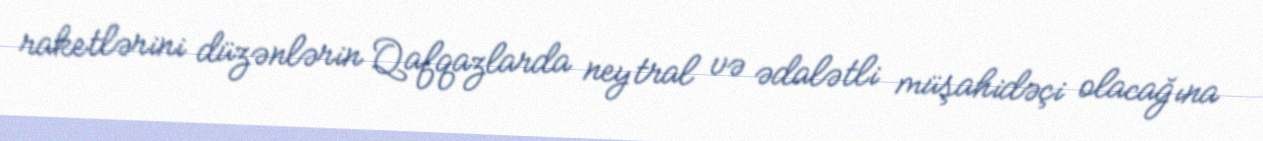
raketlərini düzənlərin Qafqazlarda neytral və ədalətli müşahidəçi olacağına